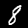
Digit: 8